Report on horse surra - Volume II, Part II
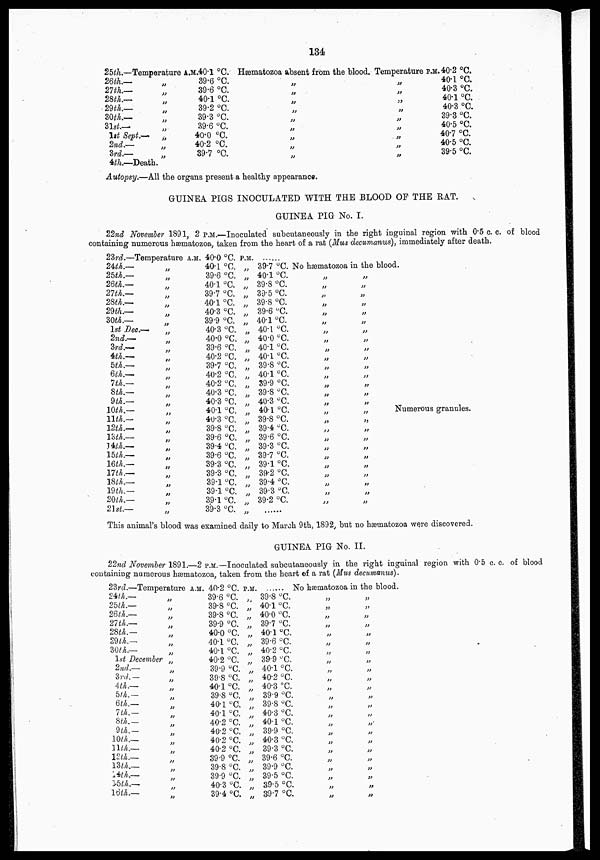
134
25th.—Temperature
26th.—
27th.—
28th.—
29th.—
30th—
31st.—
1st Sept.—
2nd.—
3rd.—
4th.—Death.
„
„
„
„
„
„
„
„
„
A.M.40.1 °C.
39.6 °C.
39.6 °C.
40.1 °C.
39.2 °C.
39.3 °C.
39.6 °C.
40.0 °C.
40.2 °C.
39.7 °C.
Hæmatozoa absent from the blood.
„
„
„
„
„
„
„
„
„
Temperature
„
„
„
„
„
„
„
„
„
P.M.40.2 °C.
40.1 °C.
40.3 °C.
40.1 °C.
40.3 °C.
39.3 °C.
40.5 °C.
40.7 °C.
40.5 °C.
39.5 °C.
Autopsy.—All the organs present a healthy appearance.
GUINEA PIGS INOCULATED WITH THE BLOOD OF THE RAT.
GUINEA PIG No. I.
22nd November 1891, 2 P.M.—Inoculated subcutaneously in the right inguinal region with 0.5 c.c. of blood
containing numerous hæmatozoa, taken from the heart of a rat (Mus decumanus), immediately after death.
23rd.—Temperature
24th.—
25th.—
26th.—
27th.—
28th.—
29th.—
30th.—
1st Dec.—
2nd.—
3rd.—
4th.—
5th.—
6th.—
7th.—
8th.—
9th.—
10th.—
11th.—
12th.—
13th.—
14th.—
15th.—
16th.—
17th.—
18th.—
19th.—
20th.—
21st.—
„
„
„
„
„
„
„
„
„
„
„
„
„
„
„
„
„
„
„
„
„
„
„
„
„
„
„
„
A.M. 40.0 °C.
40.1 °C.
39.6 °C.
40.1 °C.
39.7 °C.
40.1 °C.
40.3 °C.
39.9 °C.
40.3 °C.
40.0 °C.
39.6 °C.
40.2 °C.
39.7 °C.
40.2 °C.
40.2 °C.
40.3 °C.
40.3 °C.
40.1 °C.
40.3 °C.
39.8 °C.
39.6 °C.
39.4 °C.
39.6 °C.
39.3 °C.
39.3 °C.
39.1 °C.
39.1 °C.
39.1 °C.
39.3 °C.
P.M.
„
„
„
„
„
„
„
„
„
„
„
„
„
„
„
„
„
„
„
„
„
„
„
„
„
„
„
39.7 °C.
40.1 °C.
39.8 °C.
39.5 °C.
39.8 °C.
39.6 °C.
40.1 °C.
40.1 °C.
40.0 °C.
40.1 °C.
40.1 °C.
39.8 °C.
40.1 °C.
39.9 °C.
39.8 °C.
40.3 °C.
40.1 °C.
39.8 °C.
39.4 °C.
39.6 °C.
39.3 °C.
39.7 °C.
39.1 °C.
39.2 °C.
39.4 °C.
39.3 °C.
39.2 °C.
......
No hæmatozoa in the blood.
„
„
„
„
„
„
„
„
„
„
„
„
„
„
„
„
„
„
„
„
„
„
„
„
„
„
„
„
„
„
„
„
„
„
„
„
„
„
„
„
„
„
„
„
„
„
„
„
„
„
„
„
„
Numerous granules.
This animal's blood was examined daily to March 9th, 1892, but no hæmatozoa were discovered.
GUINEA PIG No. II.
22nd November 1891.—2 P.M.—Inoculated subcutaneously in the right inguinal region with 0.5 c. c. of blood
containing numerous hæmatozoa, taken from the heart of a rat (Mus decumanus).
23rd.—Temperature A.M.
24th.—
25th.—
26th.—
27th.—
28th.—
29th.—
30th.—
1st December
2nd.—
3rd.—
4th.—
5th.—
6th.—
7th.—
8th.—
9th.—
10th.—
11th.—
12th.—
13th.—
14th.—
15th.—
16th.—
„
„
„
„
„
„
„
„
„
„
„
„
„
„
„
„
„
„
„
„
„
„
„
40.2 °C.
39.6 °C.
39.8 °C.
39.8 °C.
39.9 °C.
40.0 °C.
40.1 °C.
40.1 °C.
40.2 °C.
39.9 °C.
39.8 °C.
40.1 °C.
39.8 °C.
40.1 °C.
40.1 °C.
40.2 °C.
40.2 °C.
40.2 °C.
40.2 °C.
39.9 °C.
39.8 °C.
39.9 °C.
40.3 °C.
39.4 °C.
P.M.
„
„
„
„
„
„
„
„
„
„
„
„
„
„
„
„
„
„
„
„
„
„
„
39.8 °C.
40.1 °C.
40.0 °C.
39.7 °C.
40.1 °C.
39.6 °C.
40.2 °C.
39.9 °C.
40.1 °C.
40.2 °C.
40.3 °C.
39.9 °C.
39.8 °C.
40.3 °C.
40.1 °C.
39.9 °C.
40.3 °C.
39.3 °C.
39.6 °C.
39.9 °C.
39.5 °C.
39.5 °C.
39.7 °C.
No hæmatozoa in the blood.
„
„
„
„
„
„
„
„
„
„
„
„
„
„
„
„
„
„
„
„
„
„
„
„
„
„
„
„
„
„
„
„
„
„
„
„
„
„
„
„
„
„
„
„
„
„